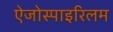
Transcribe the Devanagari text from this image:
ऐजोस्पाइरिलम